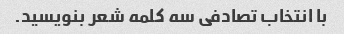
با انتخاب تصادفی سه کلمه شعر بنویسید.